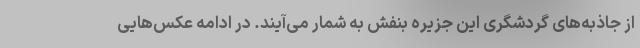
از جاذبه‌های گردشگری این جزیره بنفش به شمار می‌آیند. در ادامه عکس‌هایی